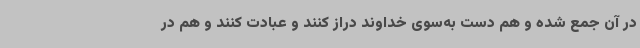
در آن جمع شده و هم دست به‌سوی خداوند دراز کنند و عبادت کنند و هم در